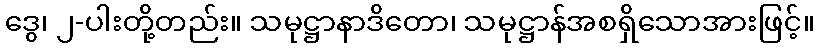
ဒွေ၊ ၂-ပါးတို့တည်း။ သမုဋ္ဌာနာဒိတော၊ သမုဋ္ဌာန်အစရှိသောအားဖြင့်။